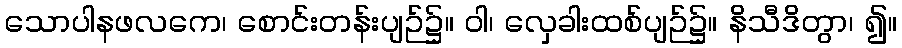
သောပါနဖလကေ၊ စောင်းတန်းပျဉ်၌။ ဝါ၊ လှေခါးထစ်ပျဉ်၌။ နိသီဒိတွာ၊ ၍။